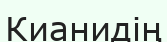
Кианидің